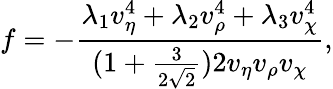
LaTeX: f=-\frac{\lambda_{1}v_{\eta}^{4}+\lambda_{2}v_{\rho}^{4}+\lambda_{3}v_{\chi}^{4}}{(1+\frac{3}{2\sqrt 2})2v_{\eta}v_{\rho}v_{\chi}},